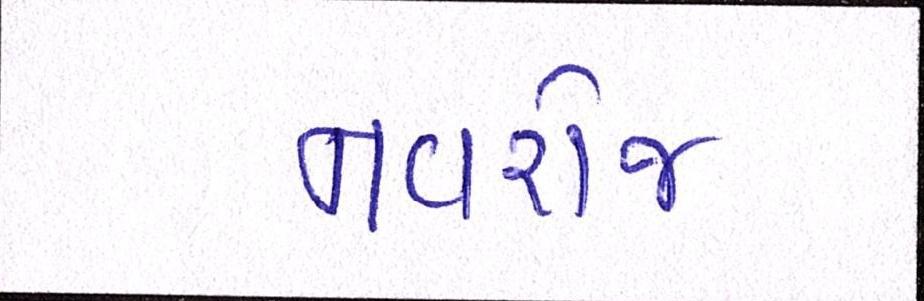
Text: નવરોજ